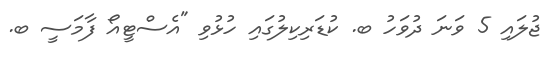
ޖުލައި 5 ވަނަ ދުވަހު ބ. ކުޑަރިކިލުގައި ހުޅުވި "އެސްޓީއޯ ފާމަސީ ބ.